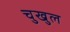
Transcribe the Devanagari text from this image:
चुखुल